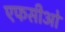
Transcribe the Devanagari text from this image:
एफसीओ